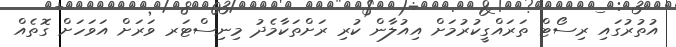
އުތުރުގައި ރިސޯޓް ތަރައްގީކުރުމަށް އިއުލާން ކުރި ރަށްތަކާމެދު މިނިސްޓަރ ވަރަށް އަވަހަށް ގޮތެއް